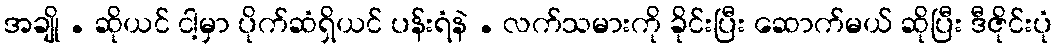
အချို . ဆိုယင် ငါ့မှာ ပိုက်ဆံရှိယင် ပန်းရံနဲ . လက်သမားကို ခိုင်းပြီး ဆောက်မယ် ဆိုပြီး ဒီဇိုင်းပုံ